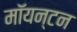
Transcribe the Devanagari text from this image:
मॉयन्टन